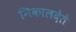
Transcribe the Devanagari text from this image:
निकालदेते